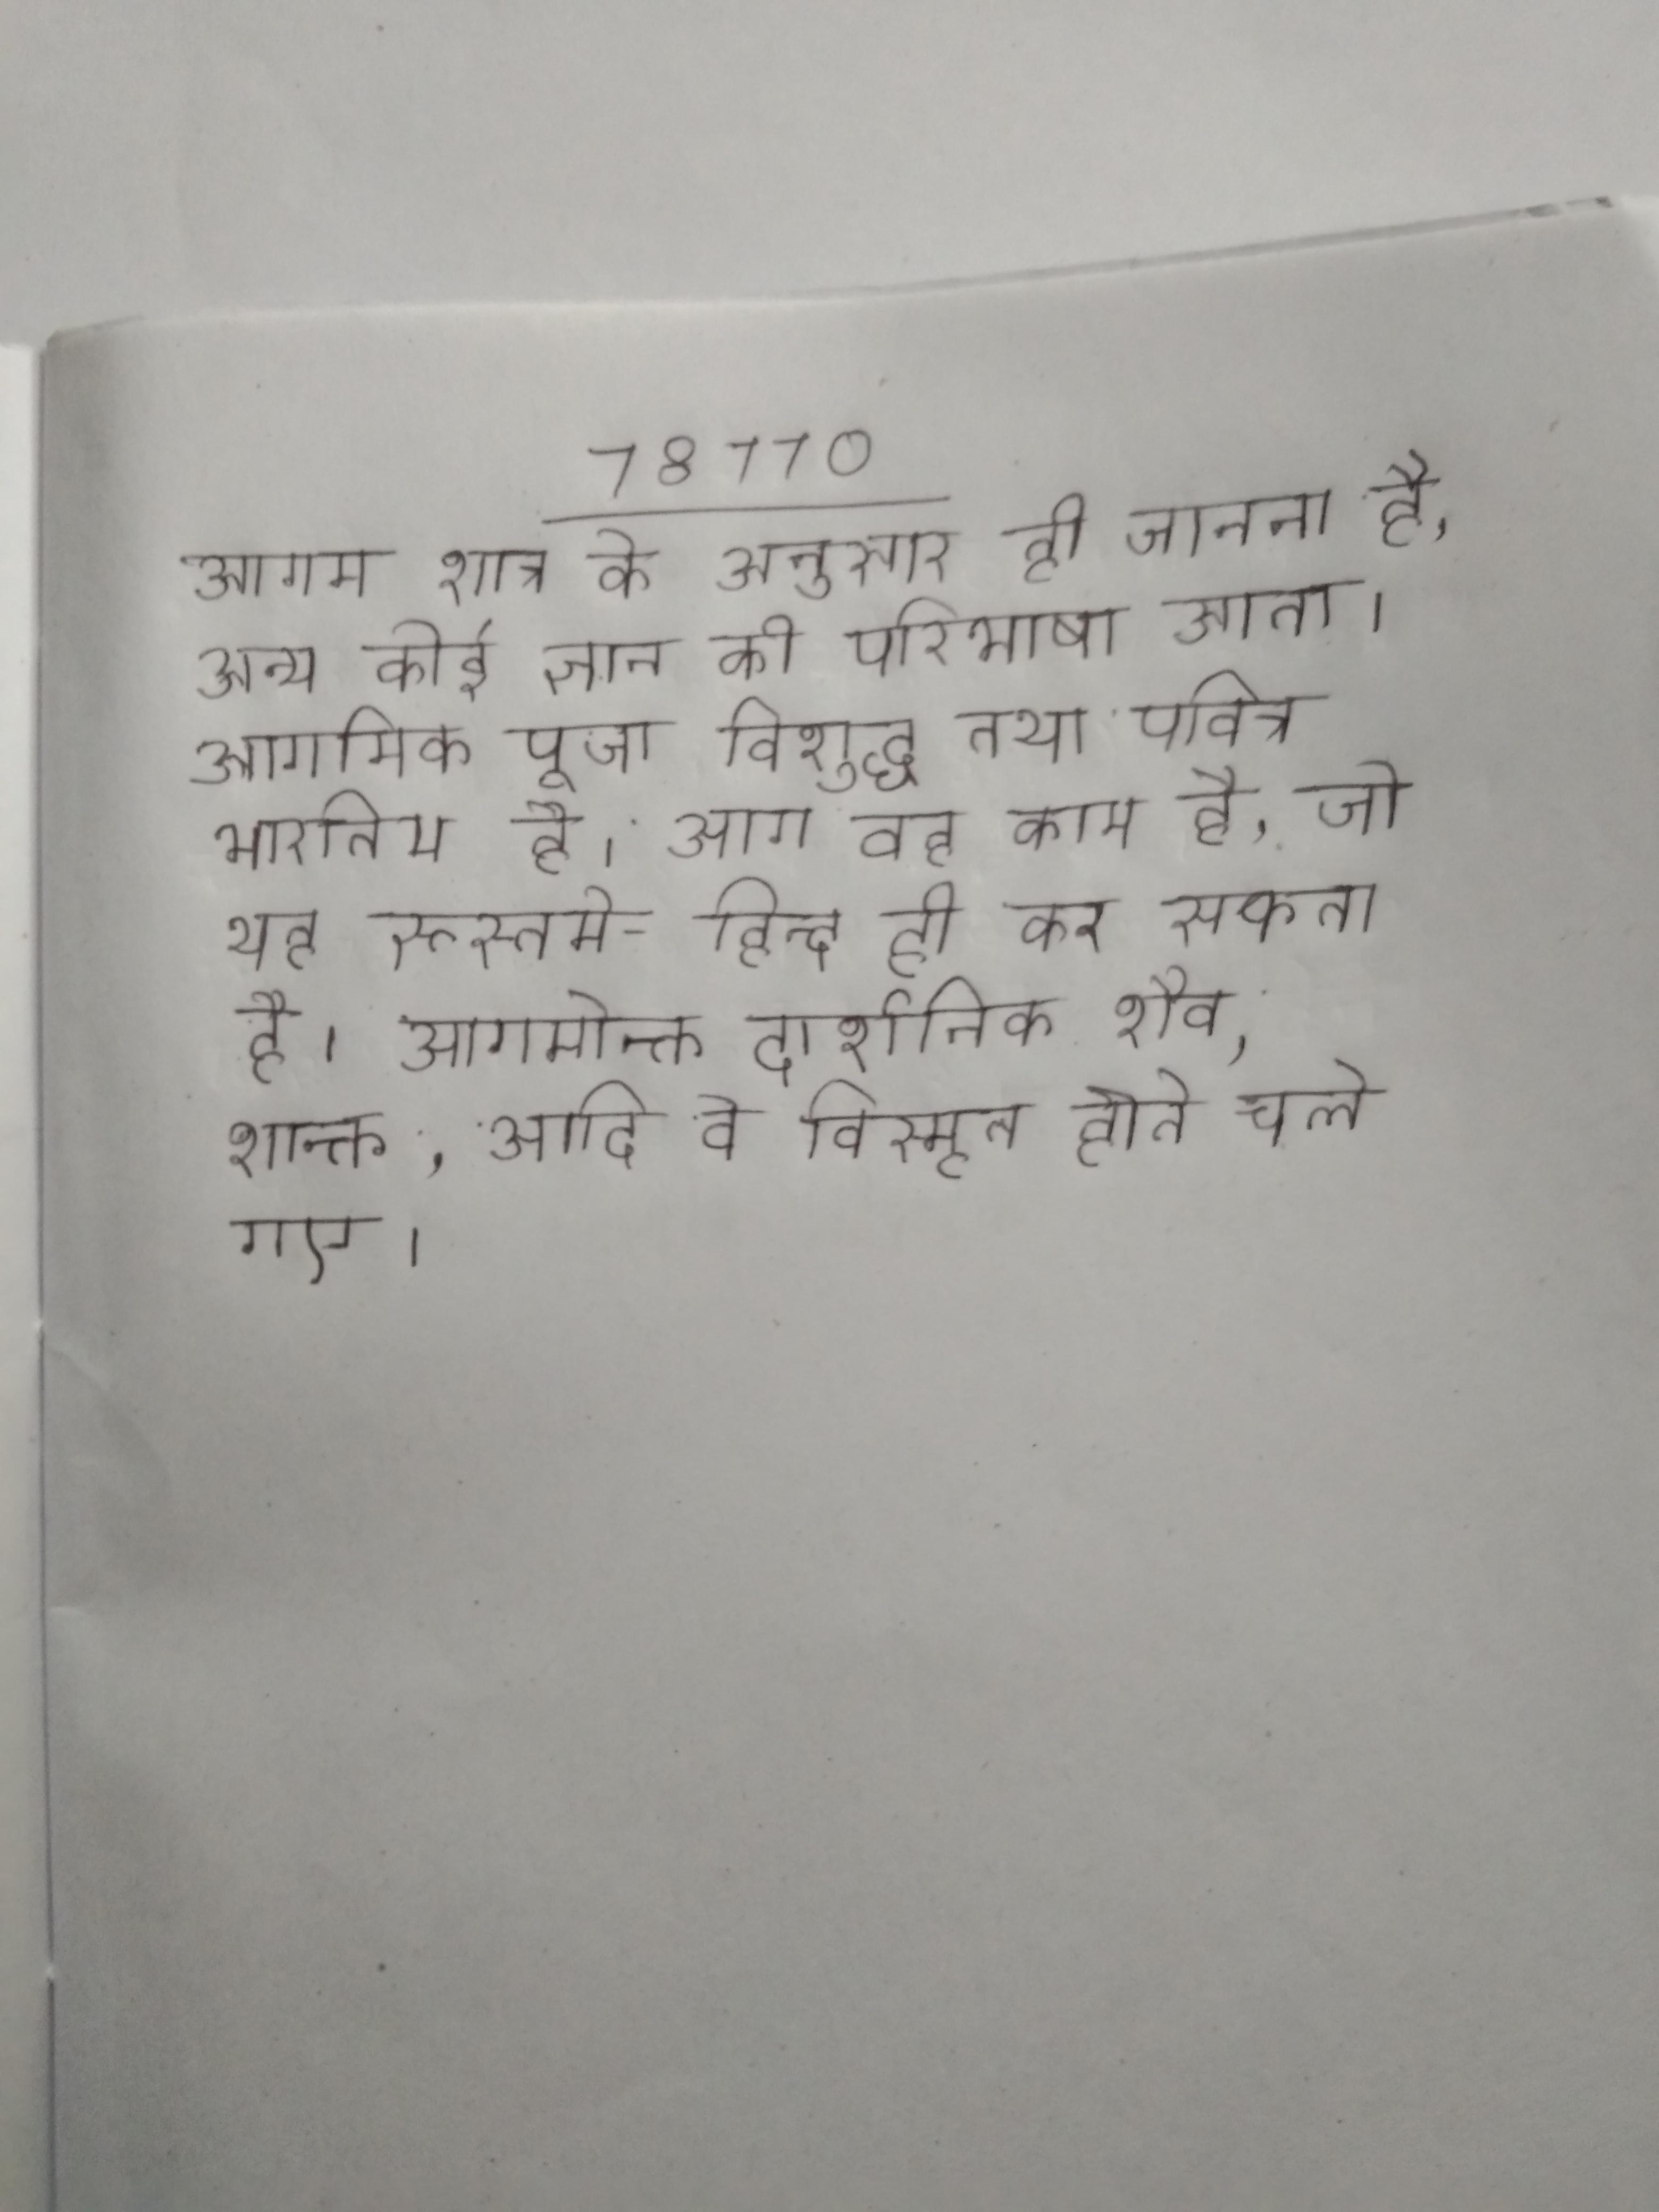
आगम शास्त्र के अनुसार ही जानना है, अन्य कोई ज्ञान की परिभाषा आता । आगमिक पूजा विशुद्ध तथा पवित्र भारतीय है । आग वह काम है, जो यह रूस्तमे-हिन्द ही कर सकता है । आगमोक्त दार्शनिक शैव, शाक्त, आदि वे विस्मृत होते चले गए ।